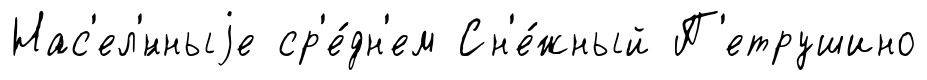
Нас'ел'́нныjе ср'е́дн'ем Сн'е́жный П'етрушино